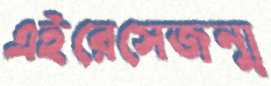
এইরেসেজন্ম